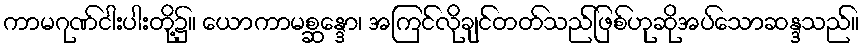
ကာမဂုဏ်ငါးပါးတို့၌။ ယောကာမစ္ဆန္ဒော၊ အကြင်လိုချင်တတ်သည်ဖြစ်ဟုဆိုအပ်သောဆန္ဒသည်။